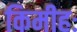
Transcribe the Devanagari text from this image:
किमीहः